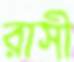
রাসী